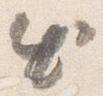
出